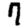
Digit: 7